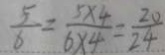
\frac { 5 } { 6 } = \frac { 5 \times 4 } { 6 \times 4 } = \frac { 2 0 } { 2 4 }